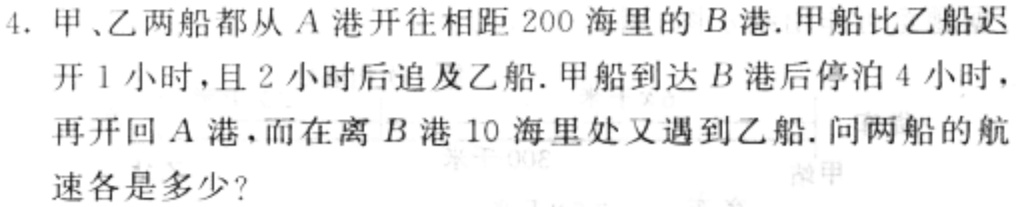
4. 甲、乙两船都从\(A\)港开往相距\(200\)海里的\(B\)港. 甲船比乙船迟开\(1\)小时，且\(2\)小时后追及乙船. 甲船到达\(B\)港后停泊\(4\)小时，再开回\(A\)港，而在离\(B\)港\(10\)海里处又遇到乙船. 问两船的航速各是多少？